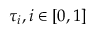
\tau _ { i } , i \in [ 0 , 1 ]